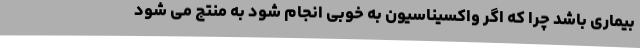
بیماری باشد چرا که اگر واکسیناسیون به خوبی انجام شود به منتج می شود